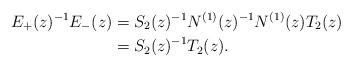
LaTeX: \begin{align*}E_+(z)^{-1}E_-(z)&=S_2(z)^{-1}N^{(1)}(z)^{-1}N^{(1)}(z)T_2(z)\\&=S_2(z)^{-1}T_2(z).\end{align*}